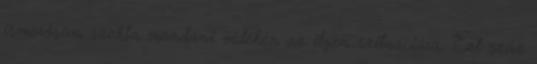
ismerősöm szokta mondani vidéken az ilyen szituációra: Ezt száz